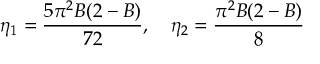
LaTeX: \eta _ { 1 } = \frac { 5 \pi ^ { 2 } B ( 2 - B ) } { 7 2 } , \quad \eta _ { 2 } = \frac { \pi ^ { 2 } B ( 2 - B ) } { 8 }